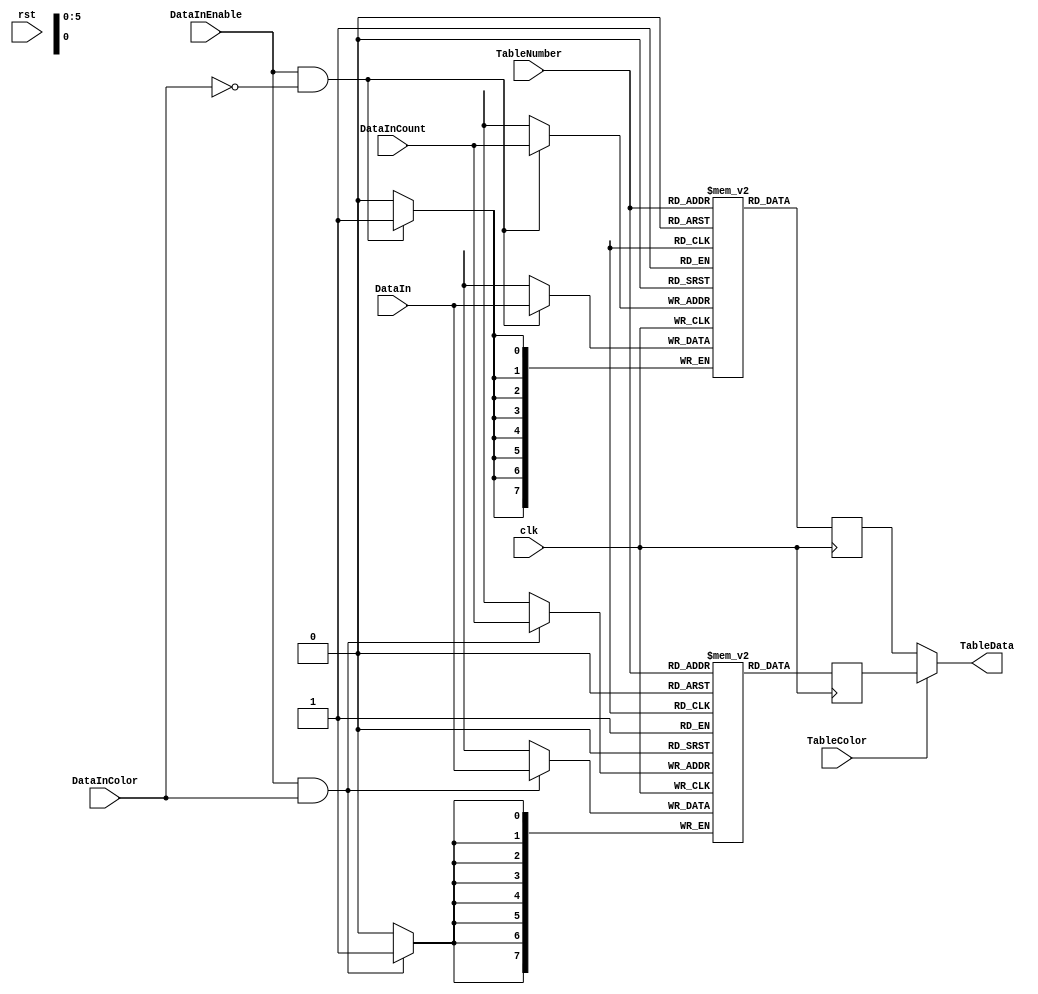
/*
 * Don't remove this header. 
 *
 * Decode JPEG
 *
 * Copyright (C)2006-2015 AQUAXIS TECHNOLOGY.
 * When you use this source, there is a need to inherit this header.
 *
 * License: MIT License
 * License URI: http://github.com/aquaxis/aq_axis_djpeg/LICENSE
 *
 * For further information please contact.
 *	URI:    http://www.aquaxis.com/
 */
module aq_djpeg_dqt(
    input           rst,
    input           clk,

    input           DataInEnable,
    input           DataInColor,
    input [5:0]     DataInCount,
    input [7:0]     DataIn,

    input           TableColor,
    input  [5:0]    TableNumber,
    output [7:0]    TableData
);
    // RAM
    reg [7:0]       DQT_Y [0:63];
    reg [7:0]       DQT_C [0:63];

    // RAM
    always @(posedge clk) begin
        if(DataInEnable ==1'b1 && DataInColor ==1'b0) begin
            DQT_Y[DataInCount] <= DataIn;
        end
        if(DataInEnable ==1'b1 && DataInColor ==1'b1) begin
            DQT_C[DataInCount] <= DataIn;
        end
    end

    reg [7:0] TableDataY;
    reg [7:0] TableDataC;

    // RAM out
    always @(posedge clk) begin
        TableDataY <= DQT_Y[TableNumber];
        TableDataC <= DQT_C[TableNumber];
    end

    // Selector
    assign TableData = (TableColor)?TableDataC:TableDataY;
endmodule